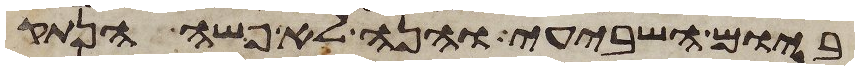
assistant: ביום השביעי והנה לא פשה הנתק